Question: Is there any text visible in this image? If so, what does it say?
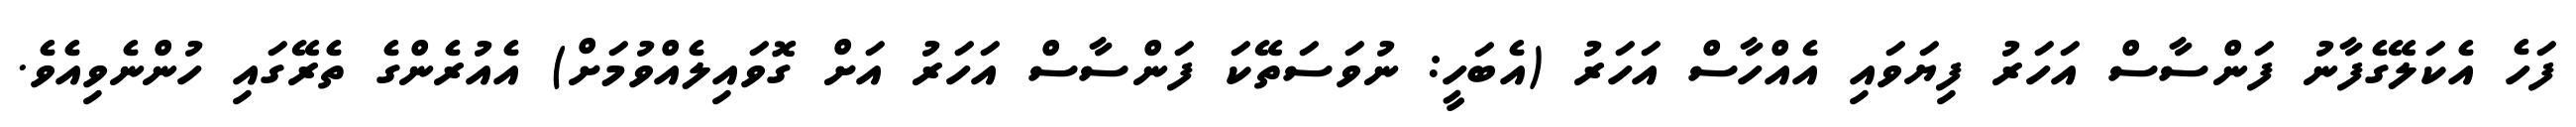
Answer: ފަހެ އެކަލޭގެފާނު ފަންސާސް އަހަރު ފިޔަވައި އެއްހާސް އަހަރު (އެބަހީ: ނުވަސަތޭކަ ފަންސާސް އަހަރު އަށް ގޮވައިލެއްވުމަށް) އެއުރެންގެ ތެރޭގައި ހުންނެވިއެވެ.